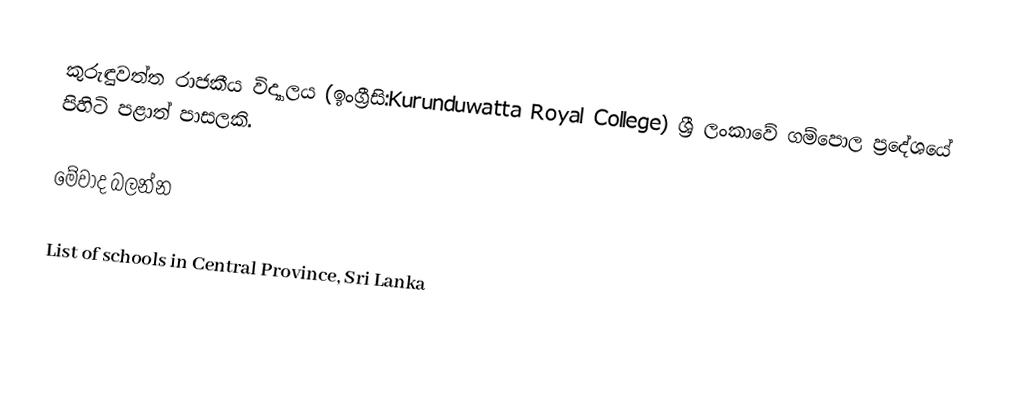
කුරුඳුවත්ත රාජකීය විද්‍යාලය (ඉංග්‍රී​සි:Kurunduwatta Royal College) ශ්‍රී ලංකාවේ ගම්පොල ප්‍රදේශයේ පිහිටි පළාත් පාසලකි.

මේවාද බලන්​න

 List of schools in Central Province, Sri Lanka